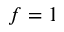
f = 1